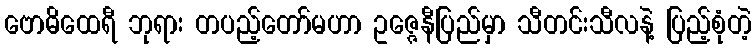
ဗောဓိထေရီ ဘုရား တပည့်တော်မဟာ ဥဇ္ဇေနီပြည်မှာ သီတင်းသီလနဲ့ ပြည့်စုံတဲ့